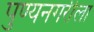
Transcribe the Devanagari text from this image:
पुण्यनगरीला